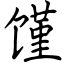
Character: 馑